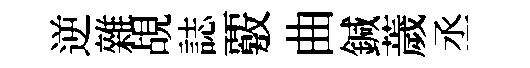
逆雜覘誌覈曲鍼薉丞